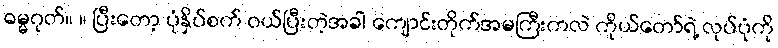
ဓမ္မဂုတ်။ ။ ပြီးတော့ ပုံနှိပ်စက် ဝယ်ပြီးတဲ့အခါ ကျောင်းတိုက်အမကြီးကလဲ ကိုယ်တော်ရဲ့ လုပ်ပုံကို